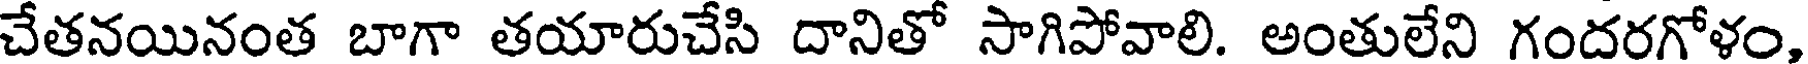
చేతనయినంత బాగా తయారుచేసి దానితో సాగిపోవాలి. అంతులేని గందరగోళం,